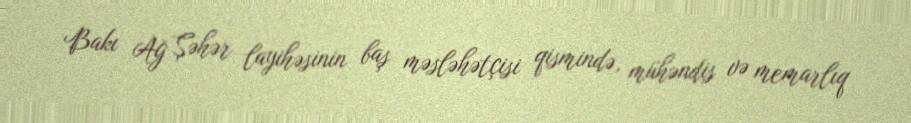
Bakı Ağ Şəhər layihəsinin baş məsləhətçisi qismində, mühəndis və memarlıq